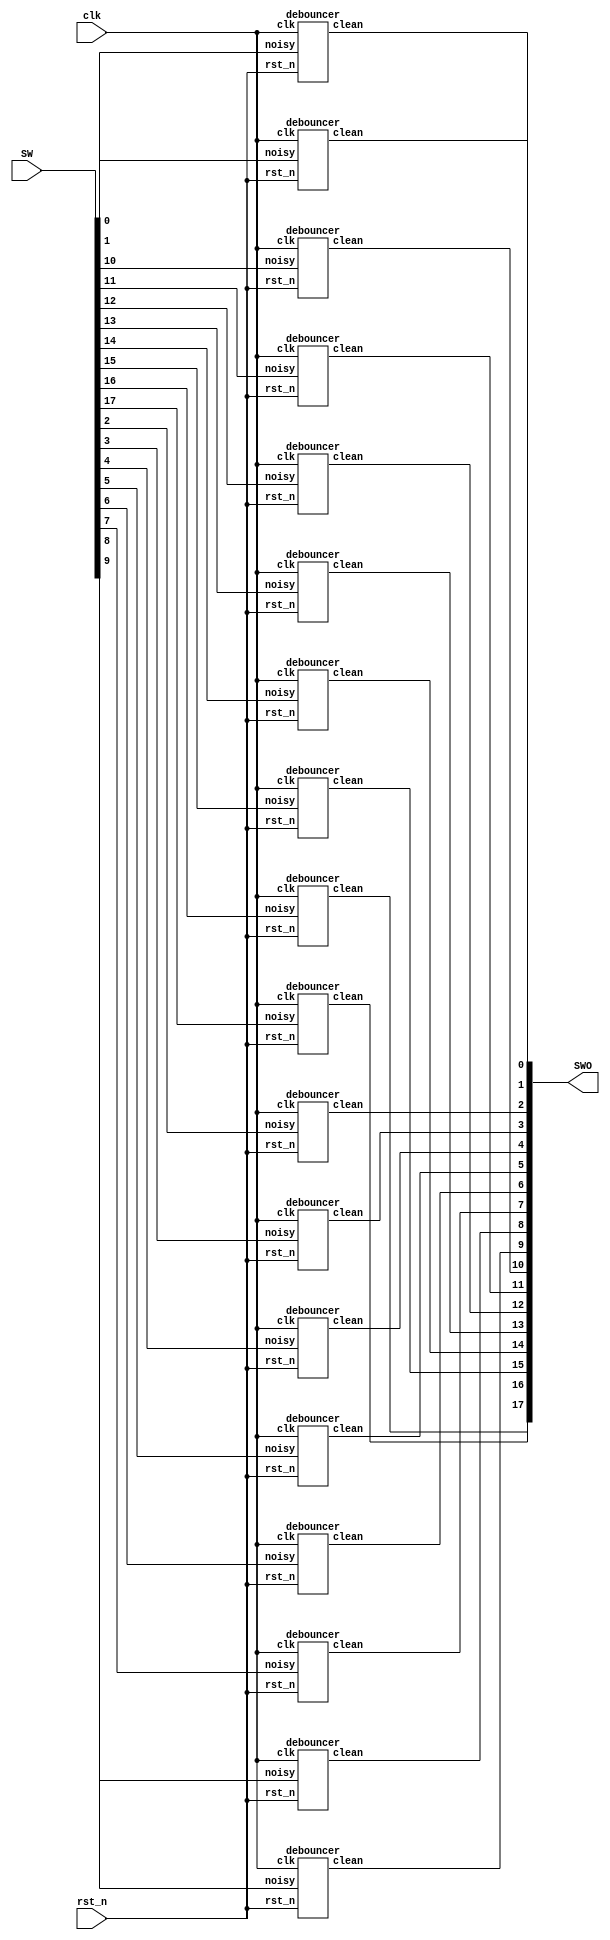
/*

This software/hardware design was originally created by Peter Jamieson
jamiespa@muohio.edu  http://www.users.muohio.edu/jamiespa/

Permission is hereby granted, free of charge, to any person
obtaining a copy of this software and associated documentation
files (the "Software"), to deal in the Software without
restriction, including without limitation the rights to use,
copy, modify, merge, publish, distribute, sublicense, and/or sell
copies of the Software, and to permit persons to whom the
Software is furnished to do so, subject to the following
conditions:

The above copyright notice and this permission notice shall be
included in all copies or substantial portions of the Software.

THE SOFTWARE IS PROVIDED "AS IS", WITHOUT WARRANTY OF ANY KIND,
EXPRESS OR IMPLIED, INCLUDING BUT NOT LIMITED TO THE WARRANTIES
OF MERCHANTABILITY, FITNESS FOR A PARTICULAR PURPOSE AND
NONINFRINGEMENT. IN NO EVENT SHALL THE AUTHORS OR COPYRIGHT
HOLDERS BE LIABLE FOR ANY CLAIM, DAMAGES OR OTHER LIABILITY,
WHETHER IN AN ACTION OF CONTRACT, TORT OR OTHERWISE, ARISING
FROM, OUT OF OR IN CONNECTION WITH THE SOFTWARE OR THE USE OR
OTHER DEALINGS IN THE SOFTWARE.

*/ 
/* Using a state machine, debounces the switches */
module debounce_DE2_SW (clk, rst_n, SW, SWO);
input rst_n, clk;
input [17:0]SW;
output [17:0]SWO;
wire [17:0]SWO;

debouncer sw0(clk, rst_n, SW[0], SWO[0]);
debouncer sw1(clk, rst_n, SW[1], SWO[1]);
debouncer sw2(clk, rst_n, SW[2], SWO[2]);
debouncer sw3(clk, rst_n, SW[3], SWO[3]);
debouncer sw4(clk, rst_n, SW[4], SWO[4]);
debouncer sw5(clk, rst_n, SW[5], SWO[5]);
debouncer sw6(clk, rst_n, SW[6], SWO[6]);
debouncer sw7(clk, rst_n, SW[7], SWO[7]);
debouncer sw8(clk, rst_n, SW[8], SWO[8]);
debouncer sw9(clk, rst_n, SW[9], SWO[9]);
debouncer sw10(clk, rst_n, SW[10], SWO[10]);
debouncer sw11(clk, rst_n, SW[11], SWO[11]);
debouncer sw12(clk, rst_n, SW[12], SWO[12]);
debouncer sw13(clk, rst_n, SW[13], SWO[13]);
debouncer sw14(clk, rst_n, SW[14], SWO[14]);
debouncer sw15(clk, rst_n, SW[15], SWO[15]);
debouncer sw16(clk, rst_n, SW[16], SWO[16]);
debouncer sw17(clk, rst_n, SW[17], SWO[17]);

endmodule

module debouncer (clk, rst_n, noisy, clean);
input rst_n, clk, noisy;
output clean;
   
reg xnew, clean;

reg [1:0] b_state;
reg [19:0] b_counter;

parameter 	ON=		2'd0, 
		ON_2_OFF=	2'd1, 
		OFF=		2'd2, 
		OFF_2_ON=	2'd3;

always @ (posedge clk or negedge rst_n) 
begin
	if (rst_n == 1'b0) 
	begin
		b_state <= OFF;
		b_counter <= 20'b0;
		clean <= 1'b0;
	end
	else 
	begin
		case (b_state)
			ON:
			begin
				b_state <= (noisy == 1'b0) ? ON_2_OFF : ON; 
				b_counter <= 20'b0;
				clean <= 1'b1;
			end
			OFF:
			begin
				b_state <= (noisy == 1'b1) ? OFF_2_ON : OFF; 
				b_counter <= 20'b0;
				clean <= 1'b0;
			end
			ON_2_OFF:
			begin
				b_state <= (b_counter >= 20'd5000) ? OFF : ON_2_OFF;  // 5000 50 MHz ticks of the clock...experimentally determined
				b_counter <= b_counter + 1'b1;
				clean <= 1'b1;
			end
			OFF_2_ON:
			begin
				b_state <= (b_counter >= 20'd5000) ? ON : OFF_2_ON;  // 5000 50 MHz ticks of the clock...experimentally determined
				b_counter <= b_counter + 1'b1;
				clean <= 1'b0;
			end
		endcase
	end
end
	
endmodule